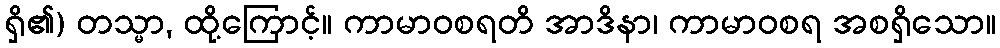
ရှိ၏) တသ္မာ, ထို့ကြောင့်။ ကာမာဝစရတိ အာဒိနာ၊ ကာမာဝစရ အစရှိသော။